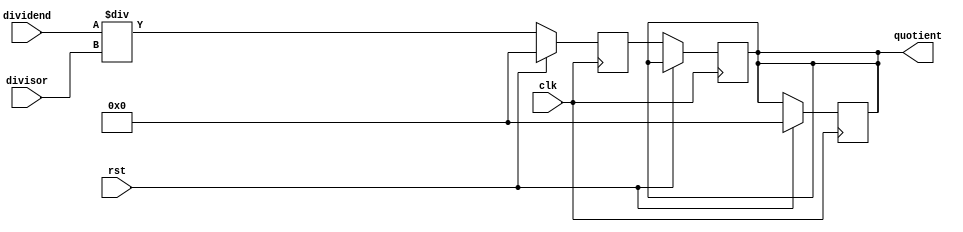
module PipelinedDivider (
    input wire clk,
    input wire rst,
    input wire [31:0] dividend,
    input wire [31:0] divisor,
    output reg [31:0] quotient
);

reg [31:0] partial_quotient;
reg [31:0] partial_result;

// Stage 1: Input processing
always @(posedge clk) begin
    if (rst) begin
        // Reset registers
        partial_quotient <= 0;
        partial_result <= 0;
        quotient <= 0;
    end else begin
        // Process input
        partial_quotient <= dividend / divisor;
    end
end

// Stage 2: Computation of partial quotients
always @(posedge clk) begin
    if (!rst) begin
        // Perform division calculation
        partial_result <= partial_quotient * divisor;
    end
end

// Stage 3: Accumulating partial results
always @(posedge clk) begin
    if (!rst) begin
        // Accumulate partial results
        partial_result <= partial_result - divisor;
    end
end

// Stage 4: Producing the final quotient
always @(posedge clk) begin
    if (!rst) begin
        // Produce final quotient
        quotient <= partial_quotient;
    end
end

endmodule